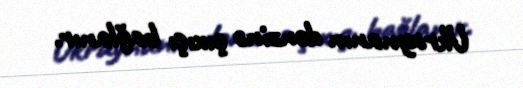
Ukraynanın dənzinə çıxışı bağlanır.